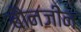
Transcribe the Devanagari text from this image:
बौनजीन